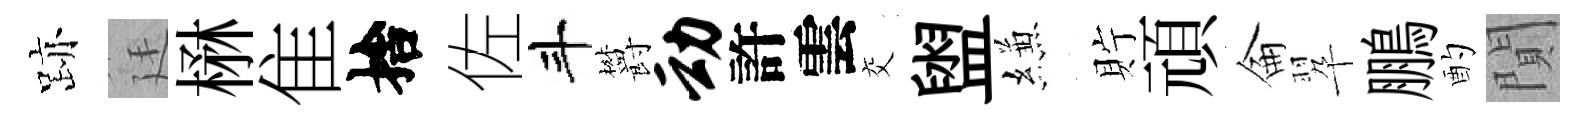
跡廷楙隹捨佐斗欝动許雲交盥縑貯頑侖翆鵬酌閴